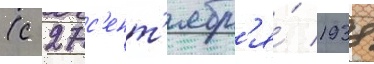
(с 27 с'ент'ябр'я́ 1938